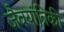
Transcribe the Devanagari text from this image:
जैवयांत्रिकी